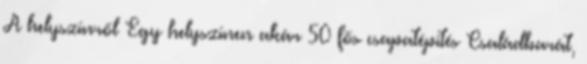
A helyszínről Egy helyszínen akár 50 fős csapatépítés Családbarát,